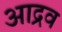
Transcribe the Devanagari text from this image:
आद्रव